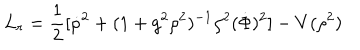
L _ { r } = \frac { 1 } { 2 } [ \dot { \rho } ^ { 2 } + ( 1 + g ^ { 2 } \rho ^ { 2 } ) ^ { - 1 } \rho ^ { 2 } ( \dot { \Phi } ) ^ { 2 } ] - V ( \rho ^ { 2 } )